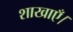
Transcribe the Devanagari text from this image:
शाखाएँ।